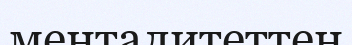
менталитеттен